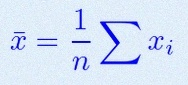
\bar{x}=\frac1n\sum x_i